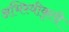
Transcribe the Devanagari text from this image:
अभिस्वीकृती